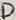
Text: D